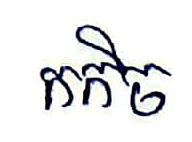
កកិច